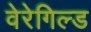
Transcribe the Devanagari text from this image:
वेरेगिल्ड